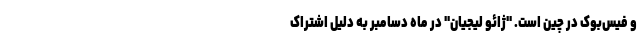
و فیس‌بوک در چین است. "ژائو لیجیان" در ماه دسامبر به دلیل اشتراک